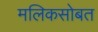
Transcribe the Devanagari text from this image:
मलिकसोबत